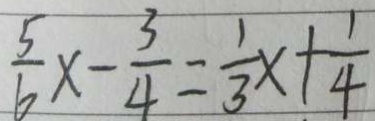
\frac { 5 } { 6 } x - \frac { 3 } { 4 } = \frac { 1 } { 3 } x + \frac { 1 } { 4 }